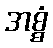
အစ္စံ